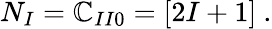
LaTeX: N_{I}=\mathbb{C}_{II0}=[2I+1]\ .